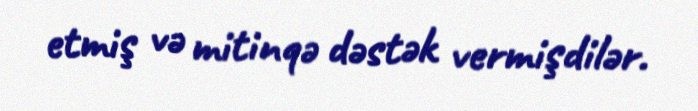
etmiş və mitinqə dəstək vermişdilər.